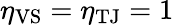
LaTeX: \eta_{\mathrm{VS}}=\eta_{\mathrm{TJ}}=1